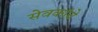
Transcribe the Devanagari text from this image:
सेवकांचे